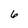
Character: 6